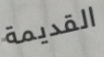
القديمة